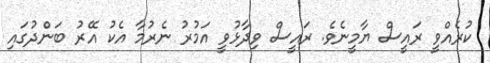
ކުރެއްވީ ރައީސް ޔާމީނެވެ. ރައީސް ވިދާޅުވީ އަމުރު ނެރުމާ އެކު އޭރު ބަންދުގައި